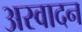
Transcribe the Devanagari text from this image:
अस्वादन